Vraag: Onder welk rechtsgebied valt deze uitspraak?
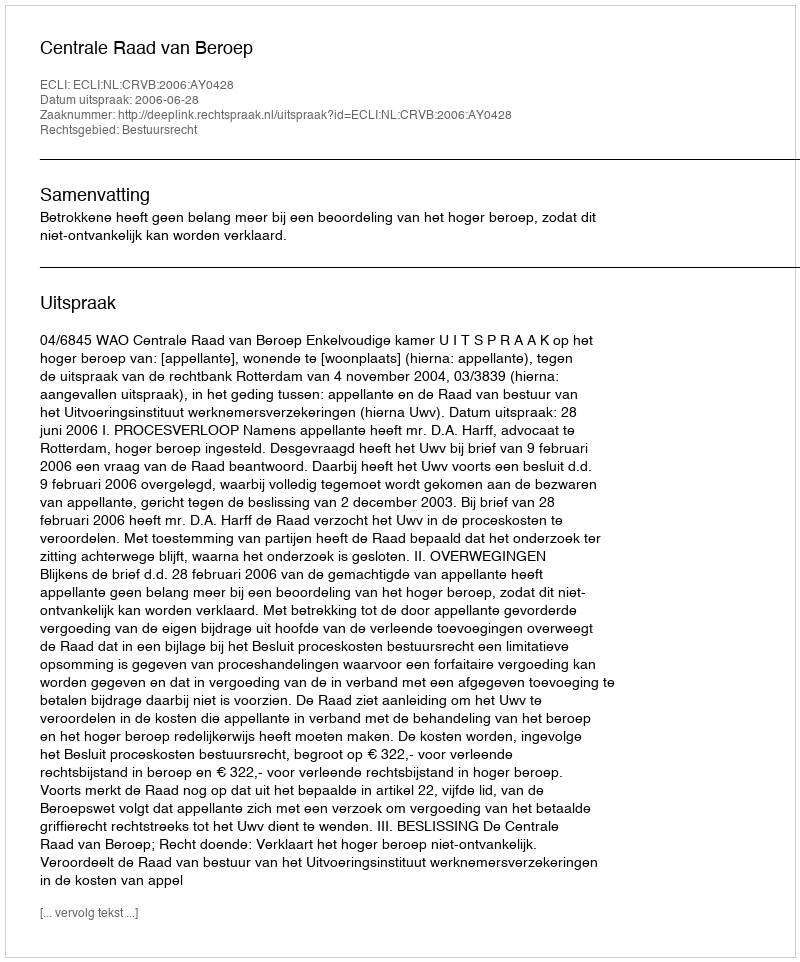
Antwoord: Bestuursrecht